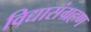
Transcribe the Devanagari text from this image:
विद्यासंग्रहण